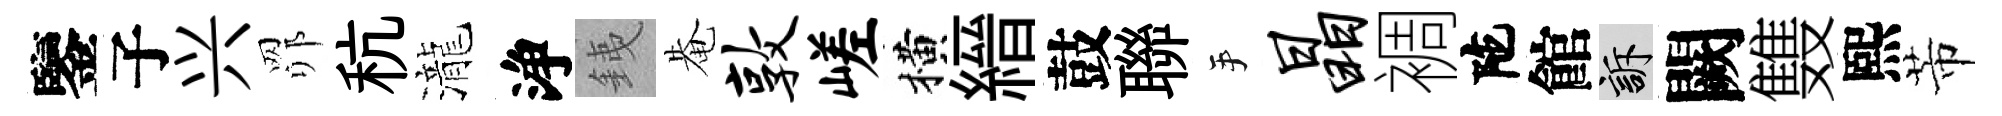
鑒子兴𦊑秔瀧浄銕𤲅敦嵯横縉鼓聯手晶裯陀館訴闕䨇熙芾